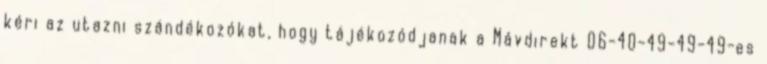
kéri az utazni szándékozókat, hogy tájékozódjanak a Mávdirekt 06-40-49-49-49-es